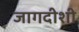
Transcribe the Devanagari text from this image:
जागदीशी